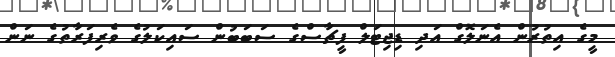
މީގެ އިތުރުން އެނަލޮގް އަދި ޑިޖިޓަލް ފީޗާސްގެ ސަބަބުން ސައިކަލުގެ ވެރިފަރާތުގެ ނަން